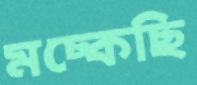
মচ্‌কেছি